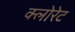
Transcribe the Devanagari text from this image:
क्‍लोरेट